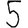
Digit: 5